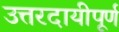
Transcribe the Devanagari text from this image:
उत्तरदायीपूर्ण